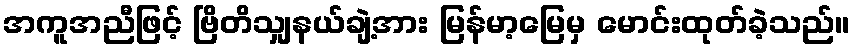
အကူအညီဖြင့် ဗြိတိသျှနယ်ချဲ့အား မြန်မာ့မြေမှ မောင်းထုတ်ခဲ့သည်။